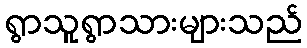
ရွာသူရွာသားများသည်